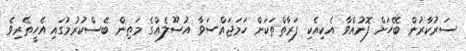
ސަރުކާރުން ބޭހަށް ފޮނުއްވާ އެކިއެކި ފަރާތްތަކަށް ހަމަޖައްސަވާ އުސޫލެއްގެ މަތިން ބޭސްކުރުމުގައި އެހީތެރިވެ